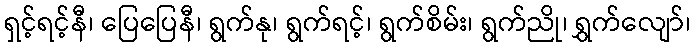
ရှင့်ရင့်နီ၊ ပြေပြေနီ၊ ရွက်နု၊ ရွက်ရင့်၊ ရွက်စိမ်း၊ ရွက်ညို၊ ရွှက်လျော်၊